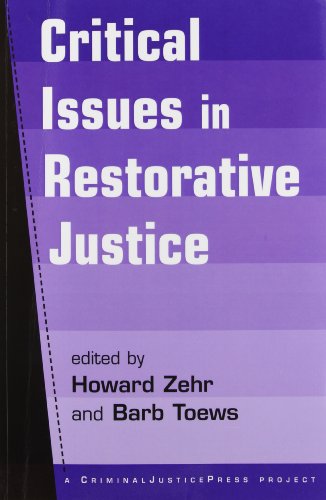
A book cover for Critical Issues in Restorative Justice; Law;